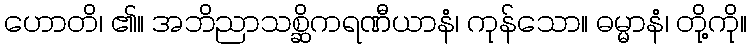
ဟောတိ၊ ၏။ အဘိညာသစ္ဆိကရဏီယာနံ၊ ကုန်သော။ ဓမ္မာနံ၊ တို့ကို။